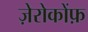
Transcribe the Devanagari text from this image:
ज़ेरोकोंफ़